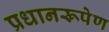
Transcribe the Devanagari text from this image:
प्रधानरूपेण